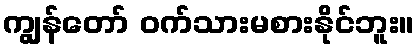
ကျွန်တော် ဝက်သားမစားနိုင်ဘူး။